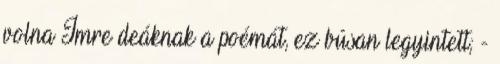
volna Imre deáknak a poémát, ez búsan legyintett; -